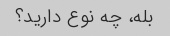
بله، چه نوع دارید؟